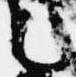
言